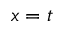
x = t